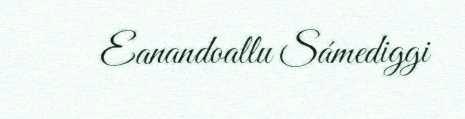
Eanandoallu Sámediggi